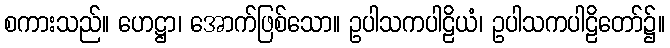
စကားသည်။ ဟေဋ္ဌာ၊ အောက်ဖြစ်သော။ ဥပါသကပါဠိယံ၊ ဥပါသကပါဠိတော်၌။